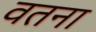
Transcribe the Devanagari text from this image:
वतना